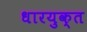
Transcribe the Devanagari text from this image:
धारयुक्त